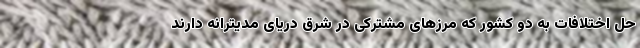
حل اختلافات به دو کشور که مرزهای مشترکی در شرق دریای مدیترانه دارند